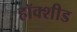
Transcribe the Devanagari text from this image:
हॉक्शीड